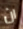
ان